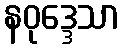
နဝုဒ္ဒေသာ